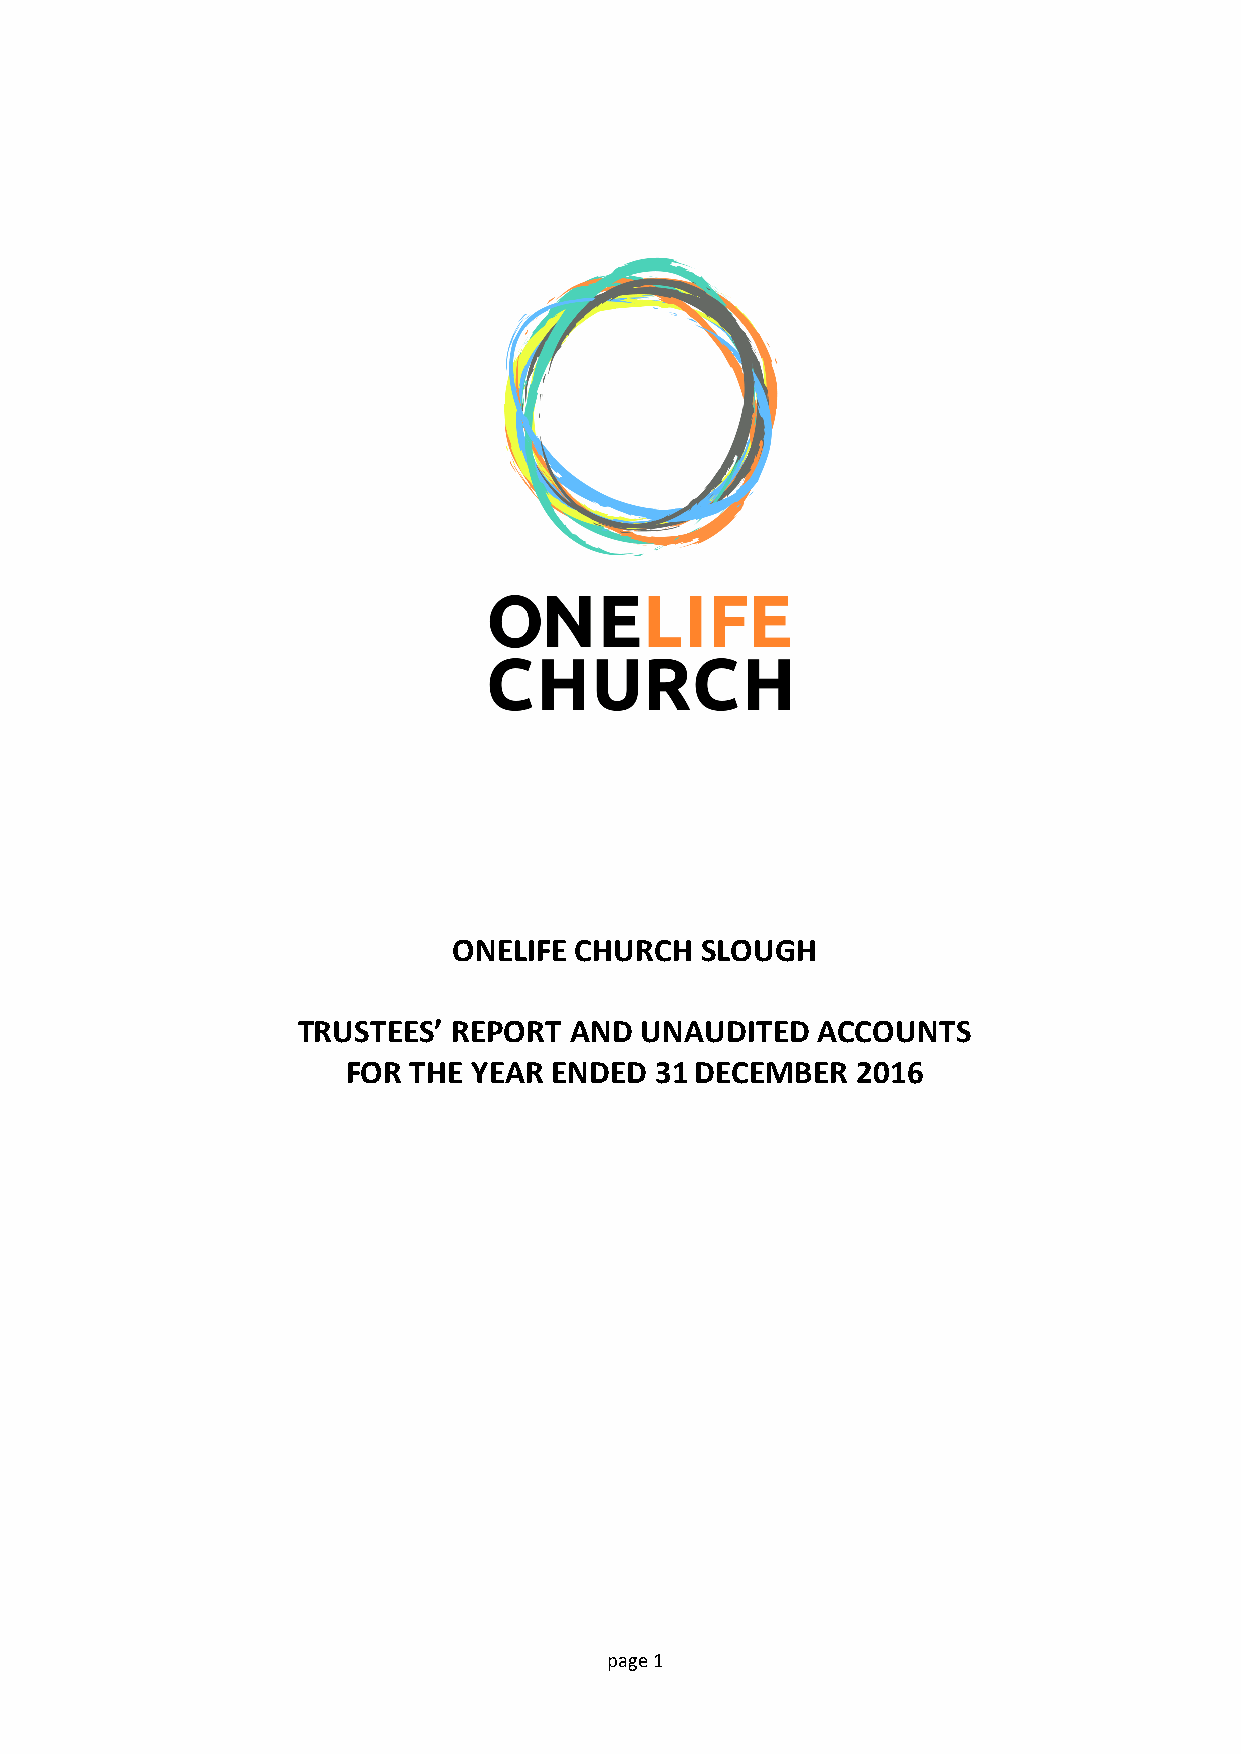
ONELIFE CHURCH  SLOUGH
 TRUSTEES’ REPORT  AND UNAUDITED   ACCOUNTS
 FOR THE YEAR ENDED  31DECEMBER    2016
 p age 1